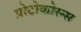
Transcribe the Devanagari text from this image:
प्रोटोकोरन्स